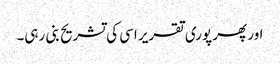
اور پھر پوری تقریر اسی کی تشریح بنی رہی۔